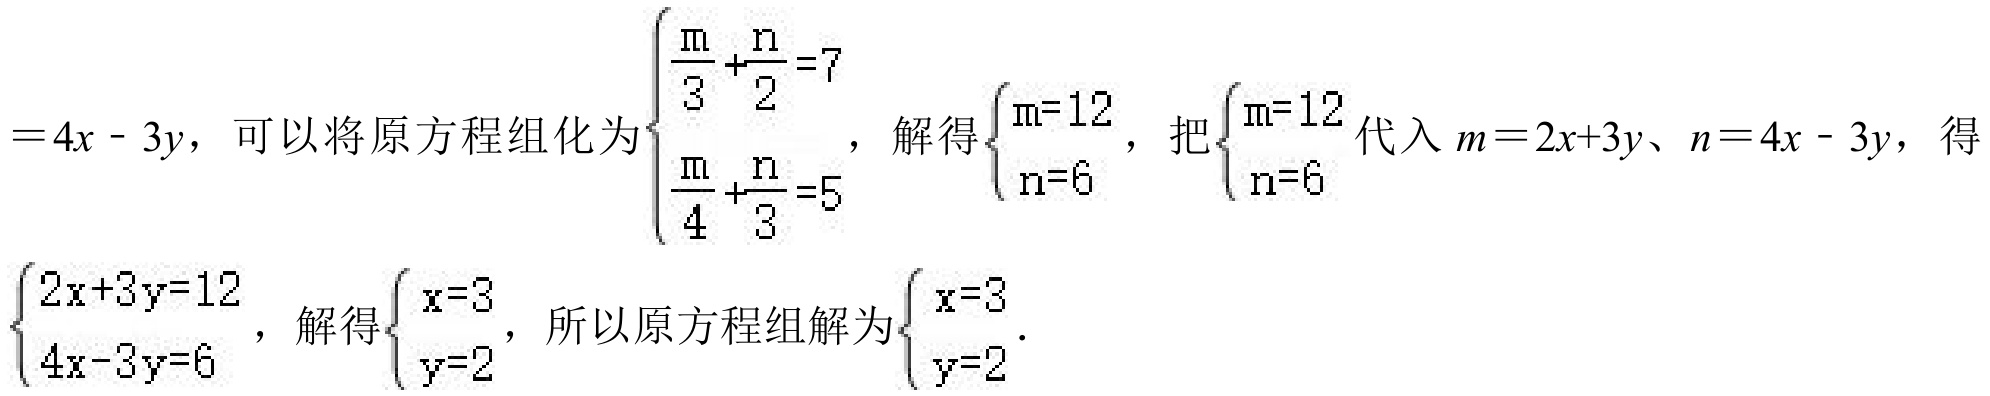
\(=4x - 3y\)，可以将原方程组化为\(\begin{cases}\dfrac{m}{3}+\dfrac{n}{2}=7\\\dfrac{m}{4}+\dfrac{n}{3}=5\end{cases}\)，解得\(\begin{cases}m = 12\\n = 6\end{cases}\)，把\(\begin{cases}m = 12\\n = 6\end{cases}\)代入\(m = 2x + 3y\)、\(n = 4x - 3y\)，得\(\begin{cases}2x + 3y = 12\\4x - 3y = 6\end{cases}\)，解得\(\begin{cases}x = 3\\y = 2\end{cases}\)，所以原方程组解为\(\begin{cases}x = 3\\y = 2\end{cases}\)．